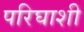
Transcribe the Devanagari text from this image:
परिघाशी